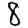
Digit: 8